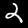
Digit: 2